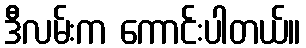
ဒီလမ်းက ကောင်းပါတယ်။